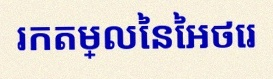
រកតម្លៃនៃអថេរ